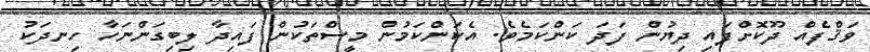
ވަޤްފެއް ދޫކޮށްފައި ދިޔުން ފަދަ ކަންކަމެވެ. އެކަންކަމުން މީސްތަކުން ފައިދާ ލިބިގަންނަހާ ހިނދަކު